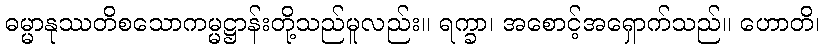
ဓမ္မာနုဿတိစသောကမ္မဋ္ဌာန်းတို့သည်မူလည်း။ ရက္ခာ၊ အစောင့်အရှောက်သည်။ ဟောတိ၊